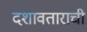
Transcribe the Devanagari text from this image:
दशावताराची